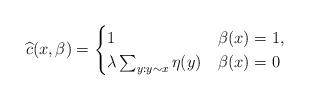
LaTeX: \begin{align*}\widehat{c}(x,\beta)=\begin{cases}1& \beta(x)=1,\\\lambda\sum_{y:y\sim x}\eta(y)& \beta(x)=0\end{cases}\end{align*}